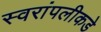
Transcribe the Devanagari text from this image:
स्वरांपलीकडे